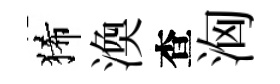
狶渙查洶